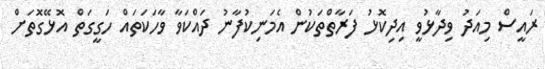
ރައީސް މިއަދު ވިދާޅުވީ އިދިކޮޅު ފަރާތްތަކުން އެމަނިކުފާނު ދައްކަވާ ވާހަކަތައް ހަގީގަތް އޮޅޭގޮތަށް